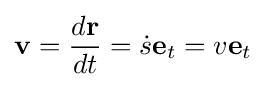
\mathbf {v} ={\frac {d\mathbf {r} }{dt}}={\dot {s}}\mathbf {e} _{t}=v\mathbf {e} _{t}